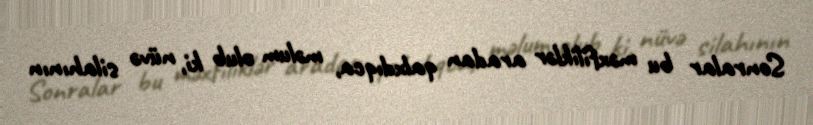
Sonralar bu məxfiliklər aradan qalxdıqca, məlum olub ki, nüvə silahının